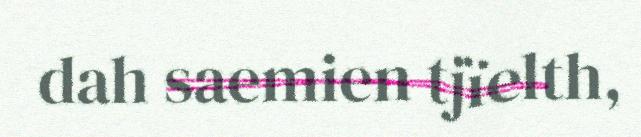
dah saemien tjïelth,